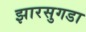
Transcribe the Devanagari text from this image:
झारसुगडा